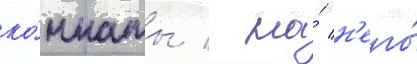
ко́мнаты / на́ н'его́